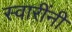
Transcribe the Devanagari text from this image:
स्वारींनी